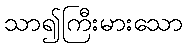
သာ၍ကြီးမားသော